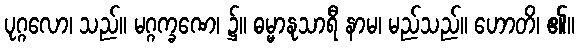
ပုဂ္ဂလော၊ သည်။ မဂ္ဂက္ခဏေ၊ ၌။ ဓမ္မာနုသာရီ နာမ၊ မည်သည်။ ဟောတိ၊ ၏။